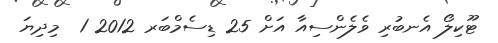
ޓޫކިލޯ އެނބުރި ވެލެންސިއާ އަށް 25 ޑިސެމްބަރ 2012 1  މިދިޔަ